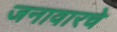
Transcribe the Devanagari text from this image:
जनावारचे